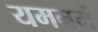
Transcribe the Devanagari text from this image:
यमनमें